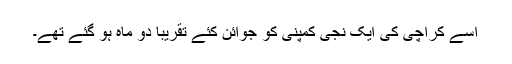
اسے کراچی کی ایک نجی کمپنی کو جوائن کئے تقریباً دو ماہ ہو گئے تھے۔